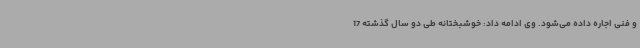
و فنی اجاره داده می‌شود. وی ادامه داد: خوشبختانه طی دو سال گذشته 17